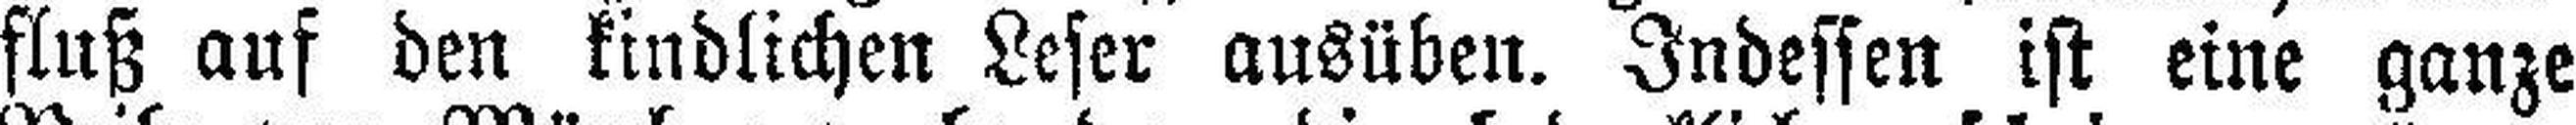
fluß auf den kindlichen Leser ausüben. Indessen ist eine ganze